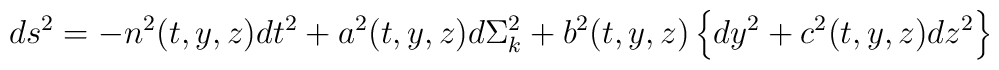
ds^2 = -n^2(t,y,z) dt^2 + a^2(t,y,z) d\Sigma_{k} ^2 + b^2(t,y,z)\left\{ dy^2 + c^2(t,y,z) dz^2 \right\}